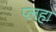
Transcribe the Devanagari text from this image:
प्लहा